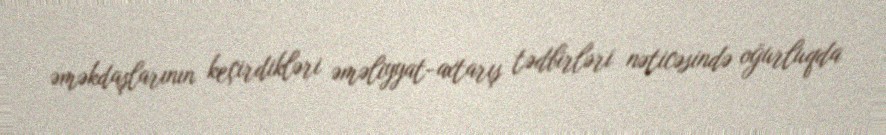
əməkdaşlarının keçirdikləri əməliyyat-axtarış tədbirləri nəticəsində oğurluqda